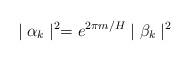
LaTeX: \begin{align*}\mid \alpha _k\mid ^2=e^{2\pi m/H}\mid \beta _k\mid ^2\end{align*}